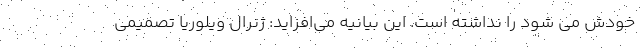
خودش می شود را نداشته است. این بیانیه می‌افزاید: ژنرال ویلوریا تصمیمی